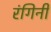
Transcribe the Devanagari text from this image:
रंगिनी